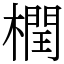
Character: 橍